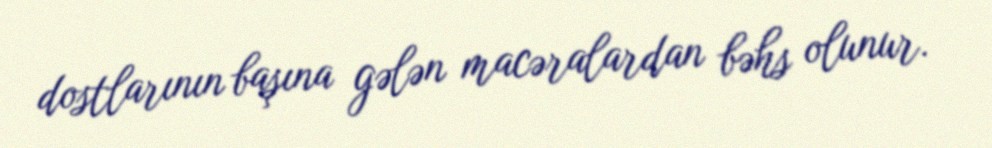
dostlarının başına gələn macəralardan bəhs olunur.